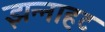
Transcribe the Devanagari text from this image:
झन्नाहट